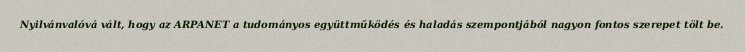
Nyilvánvalóvá vált, hogy az ARPANET a tudományos együttműködés és haladás szempontjából nagyon fontos szerepet tölt be.